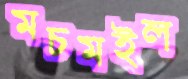
মচমইল